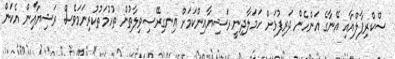
ސްކްރިޕާލްއާއި އޭނާގެ އަންހެން ދަރިފުޅަށް ހަމަލާދިނީ ރަޝިޔާއިންކަމަށް އިނގިރޭސިވިލާތުން ތުހުމަތުކުރިނަމަވެސް ރަޝިޔާއިން އެކަން